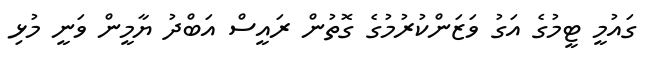
ގައުމީ ޓީމުގެ އަގު ވަޒަންކުރުމުގެ ގޮތުން ރައީސް އަބްދު ޔާމީން ވަނީ މުޅި